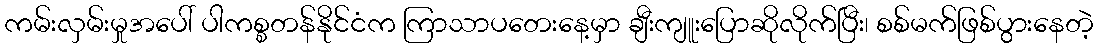
ကမ်းလှမ်းမှုအပေါ် ပါကစ္စတန်နိုင်ငံက ကြာသာပတေးနေ့မှာ ချီးကျူးပြောဆိုလိုက်ပြီး၊ စစ်မက်ဖြစ်ပွားနေတဲ့